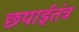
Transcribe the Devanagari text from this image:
छपाईतंत्र